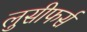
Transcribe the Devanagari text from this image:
लुसीफर्स